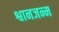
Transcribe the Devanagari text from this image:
श्वानजन्म